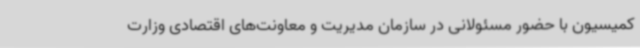
کمیسیون با حضور مسئولانی در سازمان مدیریت و معاونت‌های اقتصادی وزارت